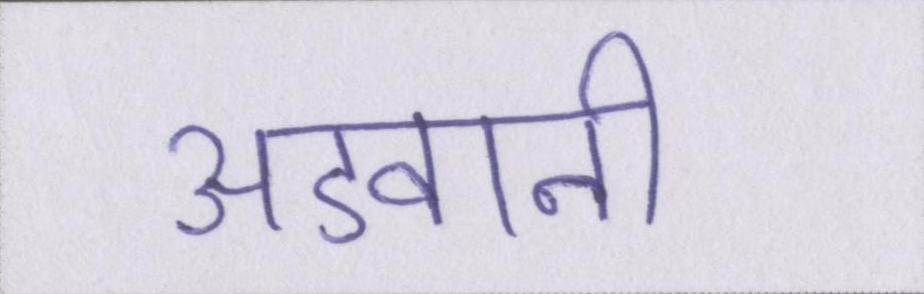
अडवानी